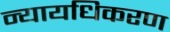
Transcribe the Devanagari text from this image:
न्‍यायधिकरण